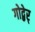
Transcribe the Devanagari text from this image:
गोद्बेर्